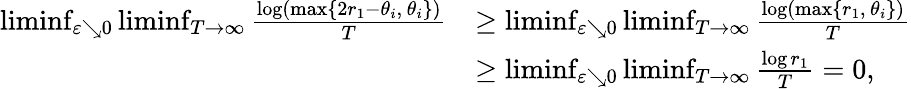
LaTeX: \begin{array}{rl}{\operatorname*{liminf}_{\varepsilon\searrow 0}\operatorname*{liminf}_{T\to\infty}\frac{\log(\operatorname*{max}\{ 2r_{1}-\theta_{i},\, \theta_{i}\} )}{T}}&{\geq\operatorname*{liminf}_{\varepsilon\searrow 0}\operatorname*{liminf}_{T\to\infty}\frac{\log(\operatorname*{max}\{ r_{1},\, \theta_{i}\} )}{T}}\\ &{\geq\operatorname*{liminf}_{\varepsilon\searrow 0}\operatorname*{liminf}_{T\to\infty}\frac{\log r_{1}}{T}=0,}\end{array}